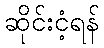
ဆိုင်းငံ့ရန်